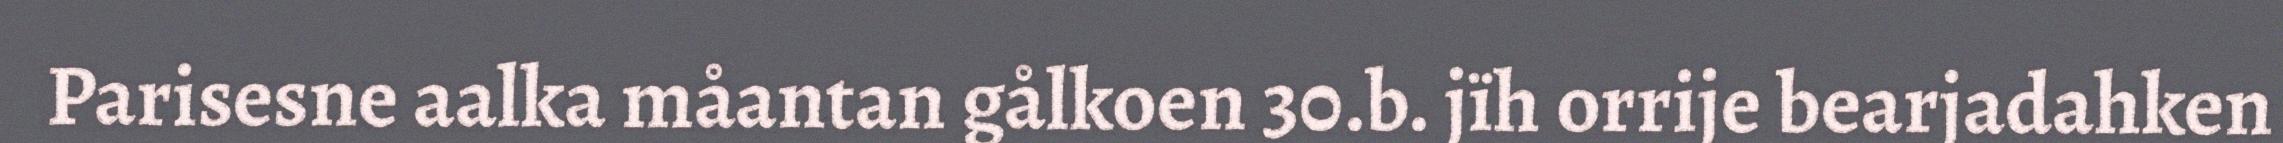
Parisesne aalka måantan gålkoen 30.b. jïh orrije bearjadahken